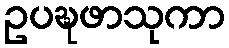
ဥပဍ္ဎဖာသုကာ